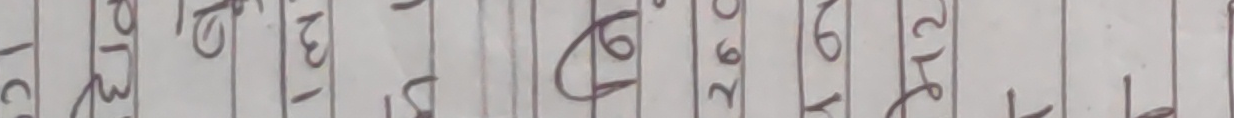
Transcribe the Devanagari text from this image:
LC P131 १९२ ५४० १३१ १५२ ३२३ १९६ २६० १७२ ३१२ ११० ११०